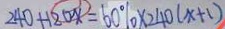
2 4 0 + 1 2 0 x = 6 0 \% \times 2 4 0 ( x + 1 )